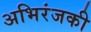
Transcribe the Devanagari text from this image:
अभिरंजकी